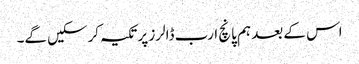
اس کے بعد ہم پانچ ارب ڈالرز پر تکیہ کرسکیں گے۔